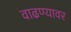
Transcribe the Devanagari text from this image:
वाढण्यावर